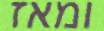
ומאז